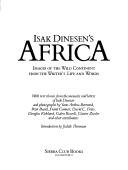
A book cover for Isak Dinesen's Africa : Images of the Wild Continent from the Writer's Life and Words; Isak Dinesen; History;